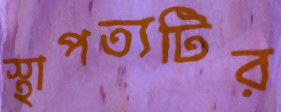
স্থাপত্যটির